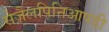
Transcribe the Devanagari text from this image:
सेज़ैलपिनिआपडी